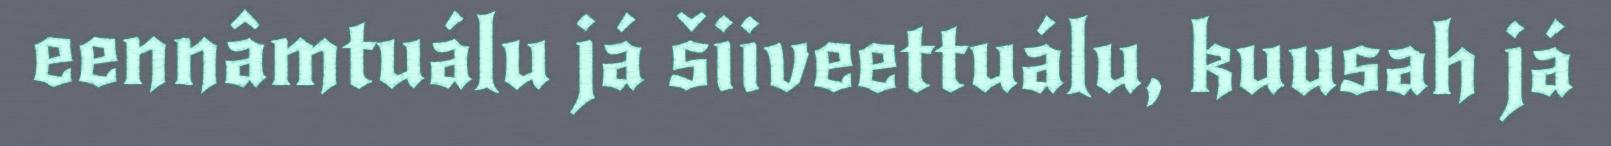
eennâmtuálu já šiiveettuálu, kuusah já